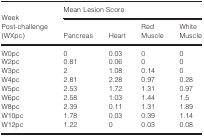
<table><thead><tr><td rowspan="2"><b>Week Post‐challenge (WXpc)</b></td><td colspan="4"><b>Mean Lesion Score</b></td></tr><tr><td><b>Pancreas</b></td><td><b>Heart</b></td><td><b>Red Muscle</b></td><td><b>White Muscle</b></td></tr></thead><tbody><tr><td>W0pc</td><td>0</td><td>0.03</td><td>0</td><td>0</td></tr><tr><td>W2pc</td><td>0.81</td><td>0.06</td><td>0</td><td>0</td></tr><tr><td>W3pc</td><td>2</td><td>1.08</td><td>0.14</td><td>0</td></tr><tr><td>W4pc</td><td>2.81</td><td>2.28</td><td>0.97</td><td>0.28</td></tr><tr><td>W5pc</td><td>2.53</td><td>1.72</td><td>1.31</td><td>0.97</td></tr><tr><td>W6pc</td><td>2.58</td><td>1.03</td><td>1.44</td><td>1.5</td></tr><tr><td>W8pc</td><td>2.39</td><td>0.11</td><td>1.31</td><td>1.89</td></tr><tr><td>W10pc</td><td>1.78</td><td>0.03</td><td>0.39</td><td>1.14</td></tr><tr><td>W12pc</td><td>1.22</td><td>0</td><td>0.03</td><td>0.08</td></tr></tbody></table>